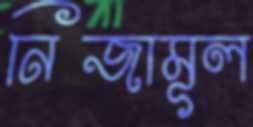
নিজামূল